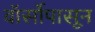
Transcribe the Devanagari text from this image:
वॉर्सोपासून